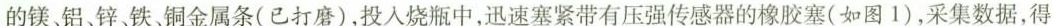
的镁、铝、锌、铁、铜金属条(已打磨)，投入烧瓶中，迅速塞紧带有压强传感器的橡胶塞(如图1)，采集数据，得